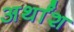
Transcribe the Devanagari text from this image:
अर्थांश